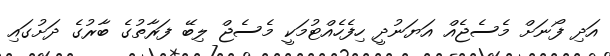
އަދި ފޯނަށް މެސެޖެއް އަޔަނުދީ ހިފެހެއްޓުމަކީ މެސެޖް ލިބޭ ފަރާތުގެ ބާރުގެ ދަށުގައި